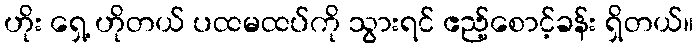
ဟိုး ရှေ့ ဟိုတယ် ပထမထပ်ကို သွားရင် ဧည့်စောင့်ခန်း ရှိတယ်။